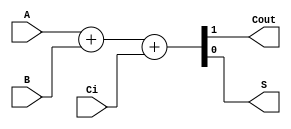
module sum1bcc (A, B, Ci,Cout,S); //se crea el sumador y se dan las variables que se van a usar

  input  A;
  input  B;
  input  Ci;
  output Cout;
  output S;

  //se definen las variables que entran (input) y las variables que salen (output)
  
  reg [1:0] st; //se crea un arreglo de dos espacios para poner el resultado de la suma que puede requerir 2 bits
  assign S = st[0]; //El primer dgito va en el espacio 0 y se asigna a la salida S
  assign Cout = st[1]; //El segundo dgito va en el espacio 1 y se asigna a la salida Cout

  always @ ( * ) begin //el programa siempre va a estar pendiente de la entrada
  	st  = 	A+B+Ci; //se hace la suma de A+B+Ci y se ponen los dos dgitos en st
  end
  
endmodule